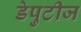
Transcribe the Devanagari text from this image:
डेपुटीज